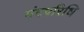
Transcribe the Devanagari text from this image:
मंदपरिधि